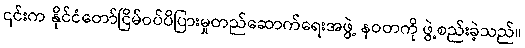
၎င်းက နိုင်ငံတော်ငြိမ်ဝပ်ပိပြားမှုတည်ဆောက်ရေးအဖွဲ့ နဝတကို ဖွဲ့စည်းခဲ့သည်။